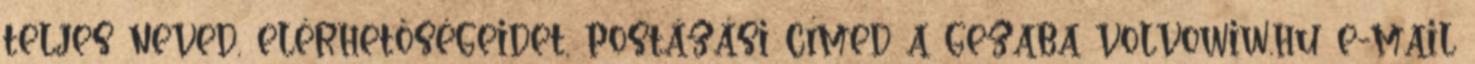
teljes neved, elérhetőségeidet, postázási címed a gezaba volvowiw.hu e-mail